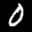
Label: 0